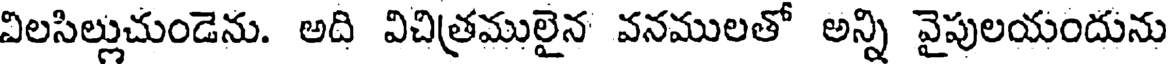
విలసిల్లుచుండెను. అది విచిత్రములైన వనములతో అన్ని వైపులయందును